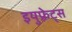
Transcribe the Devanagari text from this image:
इयुफ़्रेट्स